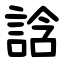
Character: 誝